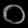
Digit: ၀